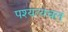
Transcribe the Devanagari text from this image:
पश्यत्यचलं